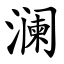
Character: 澜